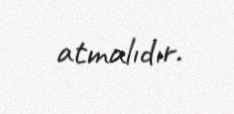
atmalıdır.